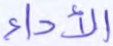
الأداء